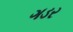
ગડર